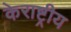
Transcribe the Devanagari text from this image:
केराष्ट्रीय